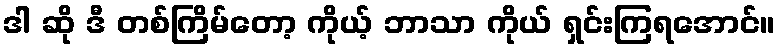
ဒါ ဆို ဒီ တစ်ကြိမ်တော့ ကိုယ့် ဘာသာ ကိုယ် ရှင်းကြရအောင်။